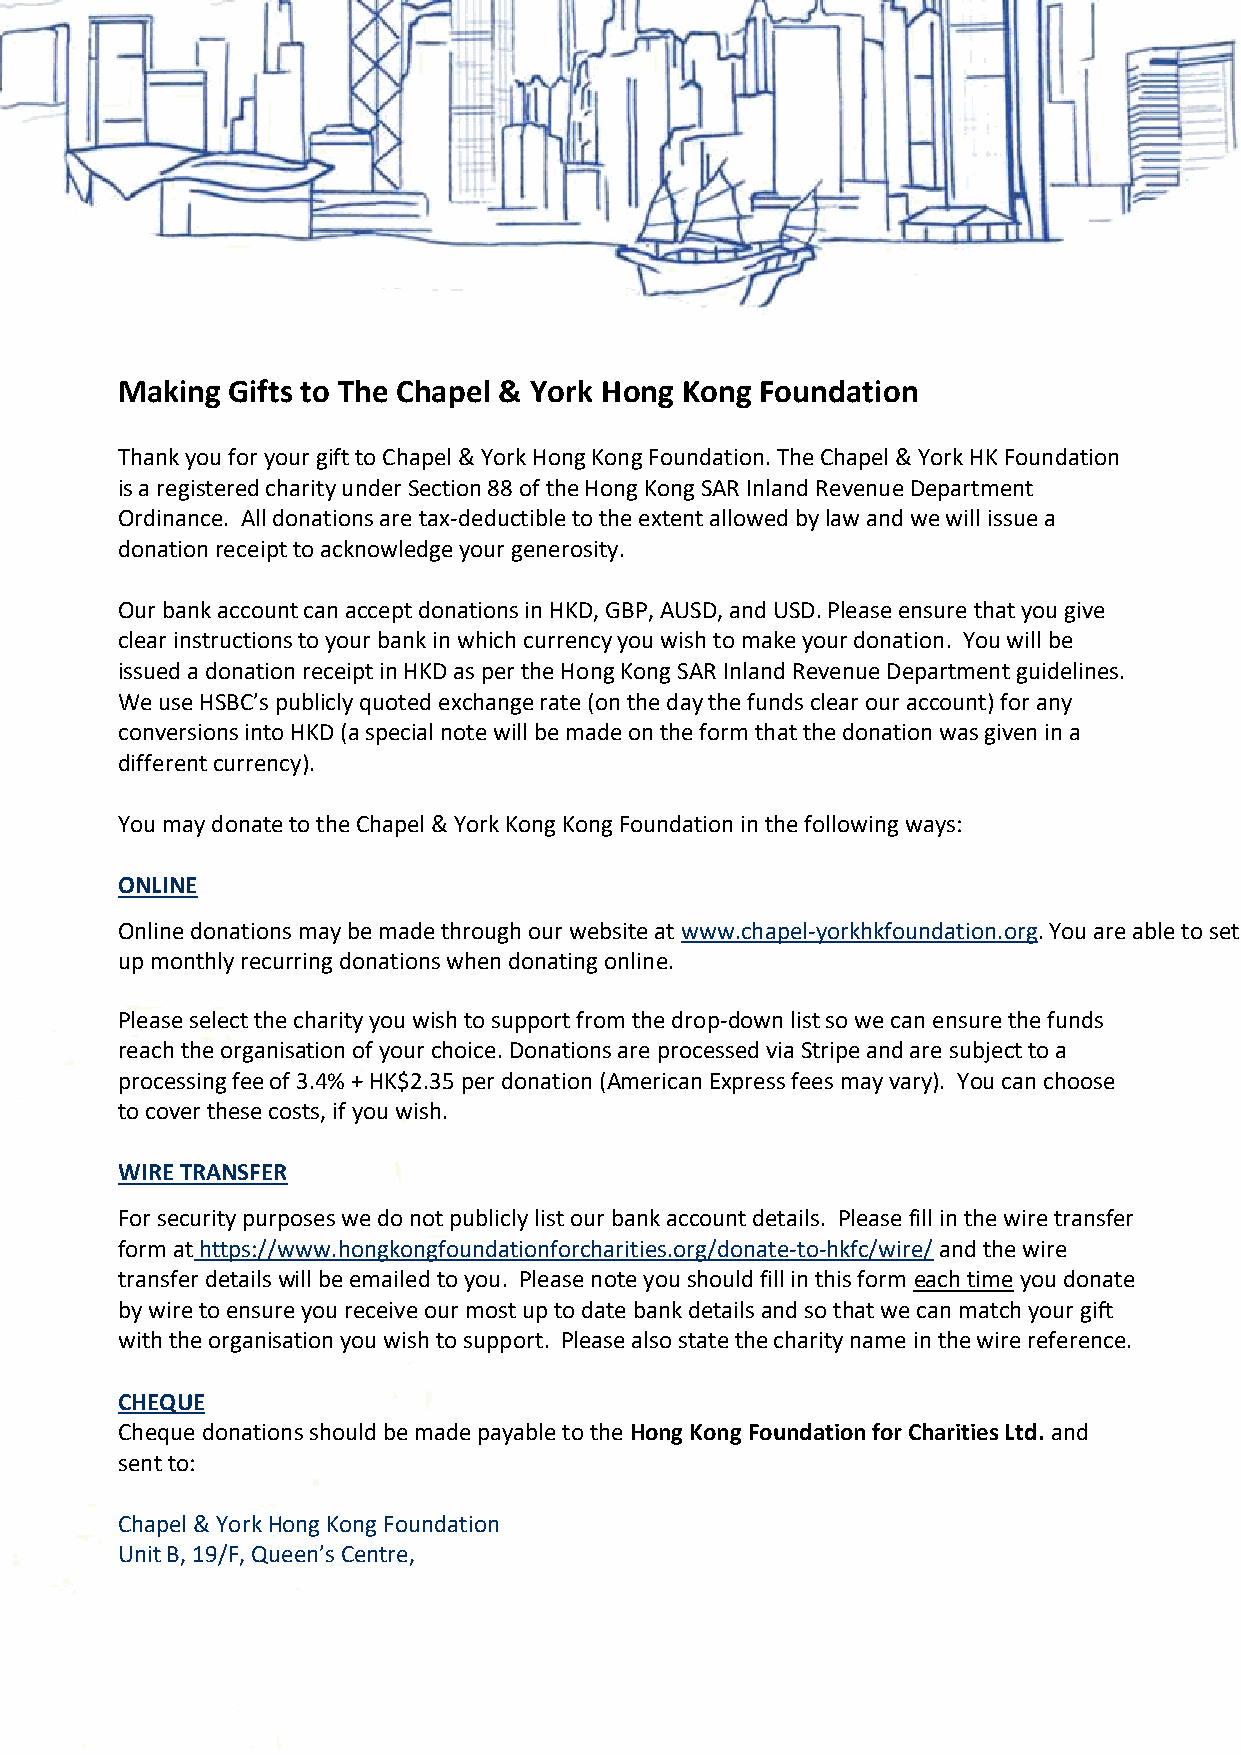
Making Gifts to The Chapel & York Hong Kong Foundation
 Thank you for your gift to Chapel & York Hong Kong Foundation. The Chapel & York HK Foundation
 is a registered charity under Section 88 of the Hong Kong SAR Inland Revenue Department
 Ordinance. All donations are tax-deductible to the extent allowed by law and we will issue a
 donation receipt to acknowledge your generosity.
 Our bank account can accept donations in HKD, GBP, AUSD, and USD. Please ensure that you give
 clear instructions to your bank in which currency you wish to make your donation. You will be
 issued a donation receipt in HKD as per the Hong Kong SAR Inland Revenue Department guidelines.
 We use HSBC’s publicly quoted exchange rate (on the day the funds clear our account) for any
 conversions into HKD (a special note will be made on the form that the donation was given in a
 different currency).
 You may donate to the Chapel & York Kong Kong Foundation in the following ways:
 ONLINE
 Online donations may be made through our website at www.chapel-yorkhkfoundation.org. You are able to set
 up monthly recurring donations when donating online.
 Please select the charity you wish to support from the drop-down list so we can ensure the funds
 reach the organisation of your choice. Donations are processed via Stripe and are subject to a
 processing fee of 3.4% + HK$2.35 per donation (American Express fees may vary). You can choose
 to cover these costs, if you wish.
 WIRE TRANSFER
 For security purposes we do not publicly list our bank account details. Please fill in the wire transfer
 form at https://www.hongkongfoundationforcharities.org/donate-to-hkfc/wire/ and the wire
 transfer details will be emailed to you. Please note you should fill in this form each time you donate
 by wire to ensure you receive our most up to date bank details and so that we can match your gift
 with the organisation you wish to support. Please also state the charity name in the wire reference.
 CHEQUE
 Cheque donations should be made payable to the Hong Kong Foundation for Charities Ltd. and
 sent to:
 Chapel & York Hong Kong Foundation
 Unit B, 19/F, Queen’s Centre,